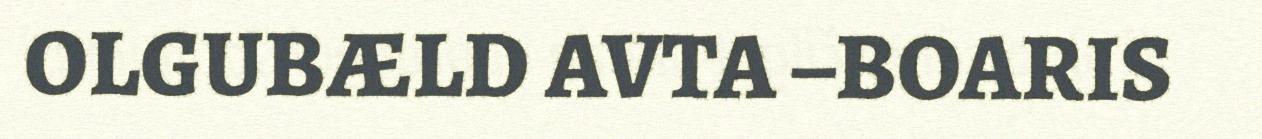
OLGUBÆLD AVTA –BOARIS